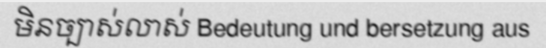
មិនច្បាស់លាស់ Bedeutung und bersetzung aus